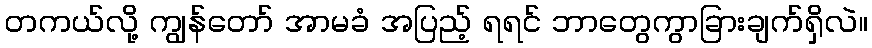
တကယ်လို့ ကျွန်တော် အာမခံ အပြည့် ရရင် ဘာတွေကွာခြားချက်ရှိလဲ။